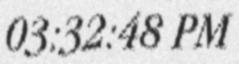
03:32:48 PM